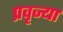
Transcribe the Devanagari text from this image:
प्रवृज्या